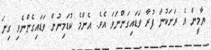
ޔާމީން އެ ރަށަކުން ފުރާ ވަޑައިގަންނަވަަ އެވެ. އެންމެ ކުޑަމިނުން ވަޑައިގެންނެވި ގިނަ